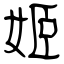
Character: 姬